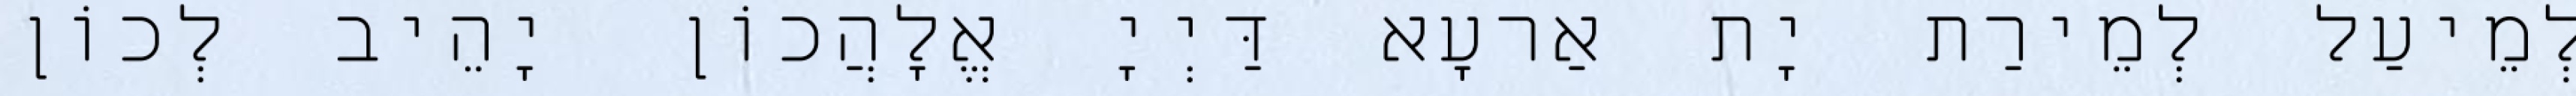
לְמֵיעַל לְמֵירַת יָת אַרעָא דַּיְיָ אֱלָהֲכוֹן יָהֵיב לְכוֹן